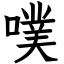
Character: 噗